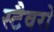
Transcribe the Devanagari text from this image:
स्टैवरो